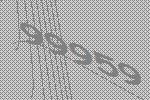
99959